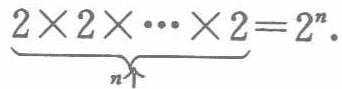
\(\underbrace{2\times2\times\cdots\times2}_{n个}=2^{n}\)